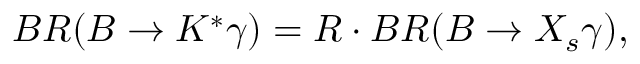
B R ( B \to K ^ { * } \gamma ) = R \cdot B R ( B \to X _ { s } \gamma ) ,